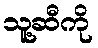
သူ့ဆီကို